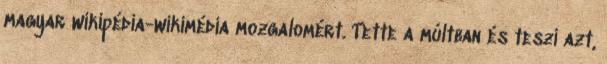
magyar wikipédia-wikimédia mozgalomért. Tette a múltban és teszi azt,